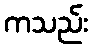
ကသည်း